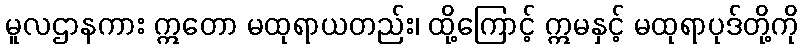
မူလဌာနကား ဣတော မထုရာယတည်း၊ ထို့ကြောင့် ဣမနှင့် မထုရာပုဒ်တို့ကို